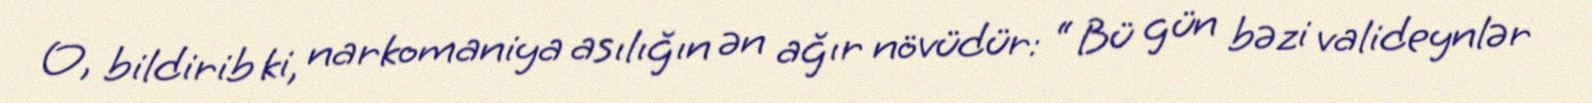
O, bildirib ki, narkomaniya asılığın ən ağır növüdür: “ Bü gün bəzi valideynlər